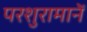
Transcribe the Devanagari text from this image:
परशुरामानें